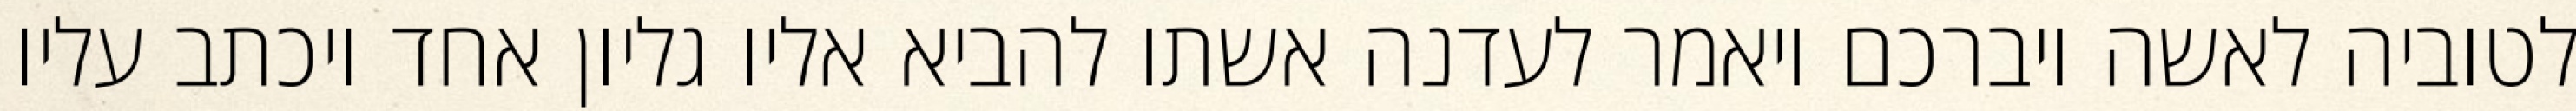
לטוביה לאשה ויברכם ויאמר לעדנה אשתו להביא אליו גליון אחד ויכתב עליו